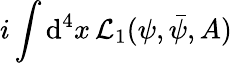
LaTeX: i\int\mathrm{d}^{4}x\, {\cal L}_{1}(\psi,\bar{\psi},A)